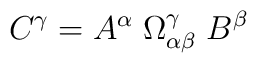
C^{\gamma}= A^{\alpha} \; \Omega_{\alpha \beta}^{\gamma}\; B^{\beta}